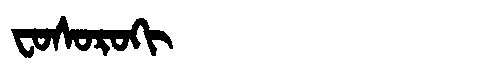
Manchu: ᠸᠣᠰᠣᡵᠣᡴᡳ
Romanization: FOSOROKI